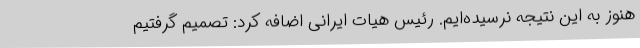
هنوز به این نتیجه نرسیده‌ایم. رئیس هیات ایرانی اضافه کرد: تصمیم گرفتیم